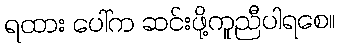
ရထား ပေါ်က ဆင်းဖို့ကူညီပါရစေ။